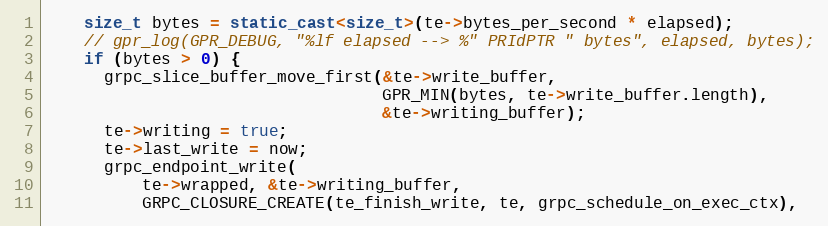
Language: C++
    size_t bytes = static_cast<size_t>(te->bytes_per_second * elapsed);
    // gpr_log(GPR_DEBUG, "%lf elapsed --> %" PRIdPTR " bytes", elapsed, bytes);
    if (bytes > 0) {
      grpc_slice_buffer_move_first(&te->write_buffer,
                                   GPR_MIN(bytes, te->write_buffer.length),
                                   &te->writing_buffer);
      te->writing = true;
      te->last_write = now;
      grpc_endpoint_write(
          te->wrapped, &te->writing_buffer,
          GRPC_CLOSURE_CREATE(te_finish_write, te, grpc_schedule_on_exec_ctx),